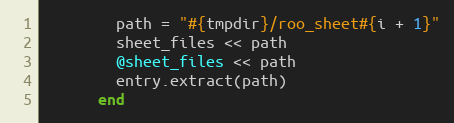
Language: Ruby
        path = "#{tmpdir}/roo_sheet#{i + 1}"
        sheet_files << path
        @sheet_files << path
        entry.extract(path)
      end